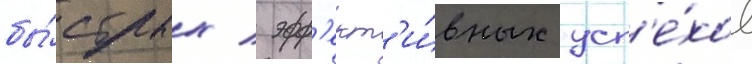
бы́стрых / эфф'ект'и́вных усп'е́хов